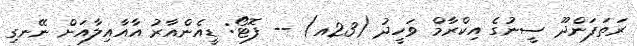
ރަތަފަންދޫ ސީނުގެ އިކްރާމް ވަހީދު (23އ) -- ފޮޓޯ: ޑީއެންއާރު އާއާއިލާއަށް ނޭނގި